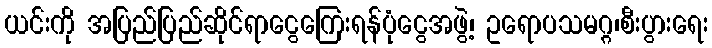
ယင်းကို အပြည်ပြည်ဆိုင်ရာငွေကြေးရန်ပုံငွေအဖွဲ့၊ ဥရောပသမဂ္ဂ၊စီးပွားရေး